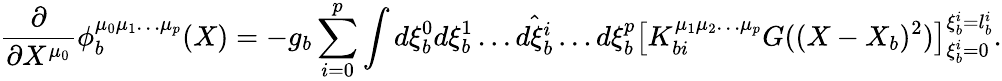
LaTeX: \frac{\partial}{\partial X^{\mu_{0}}}\phi_{b}^{\mu_{0}\mu_{1}\ldots\mu_{p}}(X)=-g_{b}\sum_{i=0}^{p}\int d\xi_{b}^{0}d\xi_{b}^{1}\ldots\hat{d\xi_{b}^{i}}\ldots d\xi_{b}^{p}\left[K_{bi}^{\mu_{1}\mu_{2}\ldots\mu_{p}}G((X-X_{b})^{2})\right]_{\xi_{b}^{i}=0}^{\xi_{b}^{i}=l_{b}^{i}}.